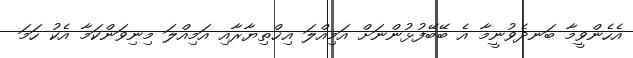
އެހެންވީމާ ބަނދެވުނީމާ އެ ބޭބޭފުޅުންނަށް އަމިއްލަ އިޚްތިޔާރާއި އަމިއްލަ މިނިވަންކަމާ އެކު ހަމަ